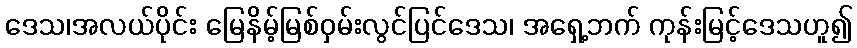
ဒေသ၊အလယ်ပိုင်း မြေနိမ့်မြစ်ဝှမ်းလွင်ပြင်ဒေသ၊ အရှေ့ဘက် ကုန်းမြင့်ဒေသဟူ၍